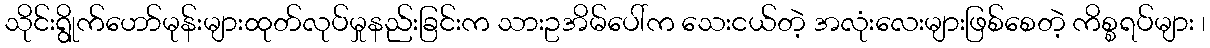
သိုင်းရွိုက်ဟော်မုန်းများထုတ်လုပ်မှုနည်းခြင်းက သားဥအိမ်ပေါ်က သေးငယ်တဲ့ အလုံးလေးများဖြစ်စေတဲ့ ကိစ္စရပ်များ ၊